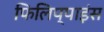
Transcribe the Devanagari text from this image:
फिलिप्पाइंस